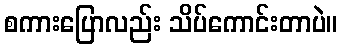
စကားပြောလည်း သိပ်ကောင်းတာပဲ။